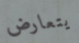
يتعارض